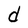
Character: d